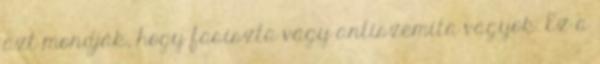
azt mondják, hogy fasiszta vagy antiszemita vagyok. Ez a